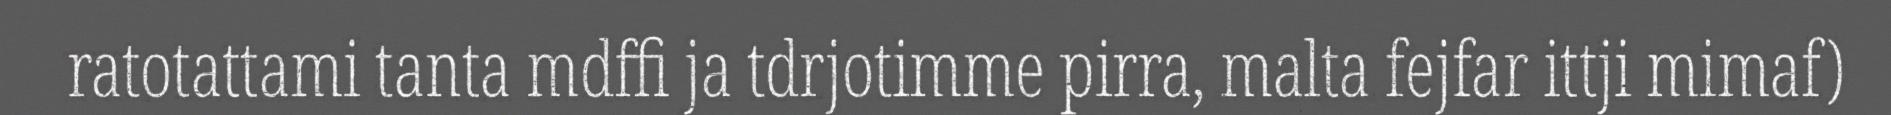
ratotattami tanta mdffi ja tdrjotimme pirra, malta fejfar ittji mimaf)